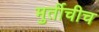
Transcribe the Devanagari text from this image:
मुर्तीचीच